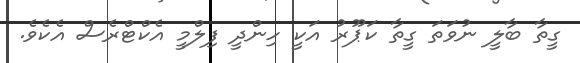
ގީތާ ބާލީ ނުވަތަ ގީތާ ކަޕޫރު އަކީ ހިންދީ ފިލްމީ އެކްޓްރެސް އެކެވެ.